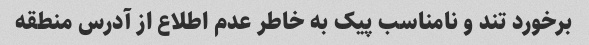
برخورد تند و نامناسب پیک به خاطر عدم اطلاع از آدرس منطقه